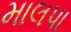
માલપા